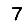
Digit: 7